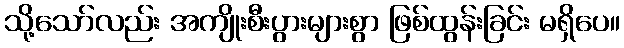
သို့သော်လည်း အကျိုးစီးပွားများစွာ ဖြစ်ထွန်းခြင်း မရှိပေ။